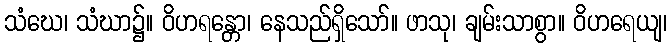
သံဃေ၊ သံဃာ၌။ ဝိဟရန္တော၊ နေသည်ရှိသော်။ ဖာသု၊ ချမ်းသာစွာ။ ဝိဟရေယျ၊